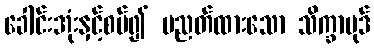
ခေါင်းအုံးနှင့်စပ်၍ ပညတ်ထားသော သိက္ခာပုဒ်